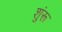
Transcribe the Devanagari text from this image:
शुंरू